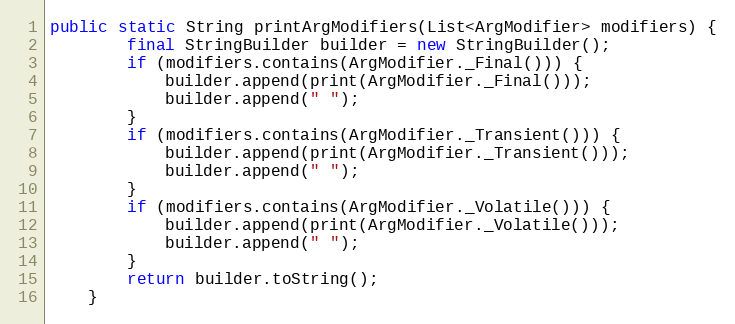
Language: Java
public static String printArgModifiers(List<ArgModifier> modifiers) {
        final StringBuilder builder = new StringBuilder();
        if (modifiers.contains(ArgModifier._Final())) {
            builder.append(print(ArgModifier._Final()));
            builder.append(" ");
        }
        if (modifiers.contains(ArgModifier._Transient())) {
            builder.append(print(ArgModifier._Transient()));
            builder.append(" ");
        }
        if (modifiers.contains(ArgModifier._Volatile())) {
            builder.append(print(ArgModifier._Volatile()));
            builder.append(" ");
        }
        return builder.toString();
    }